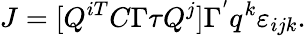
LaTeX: J=[Q^{iT}C\Gamma\tau Q^{j}]\Gamma^{'}q^{k}\varepsilon_{ijk}.